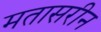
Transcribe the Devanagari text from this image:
मतासरीन